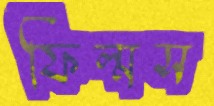
ফিল্মস